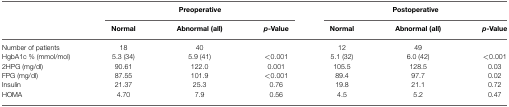
<table><thead><tr><td>[EMPTY_CELL]</td><td colspan="3"><b>Preoperative</b></td><td colspan="3"><b>Postoperative</b></td></tr><tr><td>[EMPTY_CELL]</td><td><b>Normal</b></td><td><b>Abnormal (all)</b></td><td><b><i>p</i>-Value</b></td><td><b>Normal</b></td><td><b>Abnormal (all)</b></td><td><b><i>p</i>-Value</b></td></tr></thead><tbody><tr><td>Number of patients</td><td>18</td><td>40</td><td>[EMPTY_CELL]</td><td>12</td><td>49</td><td>[EMPTY_CELL]</td></tr><tr><td>HgbA1c % (mmol/mol)</td><td>5.3 (34)</td><td>5.9 (41)</td><td>&lt;0.001</td><td>5.1 (32)</td><td>6.0 (42)</td><td>&lt;0.001</td></tr><tr><td>2HPG (mg/dl)</td><td>90.61</td><td>122.0</td><td>0.001</td><td>105.5</td><td>128.5</td><td>0.03</td></tr><tr><td>FPG (mg/dl)</td><td>87.55</td><td>101.9</td><td>&lt;0.001</td><td>89.4</td><td>97.7</td><td>0.02</td></tr><tr><td>Insulin</td><td>21.37</td><td>25.3</td><td>0.76</td><td>19.8</td><td>21.1</td><td>0.72</td></tr><tr><td>HOMA</td><td>4.70</td><td>7.9</td><td>0.56</td><td>4.5</td><td>5.2</td><td>0.47</td></tr></tbody></table>